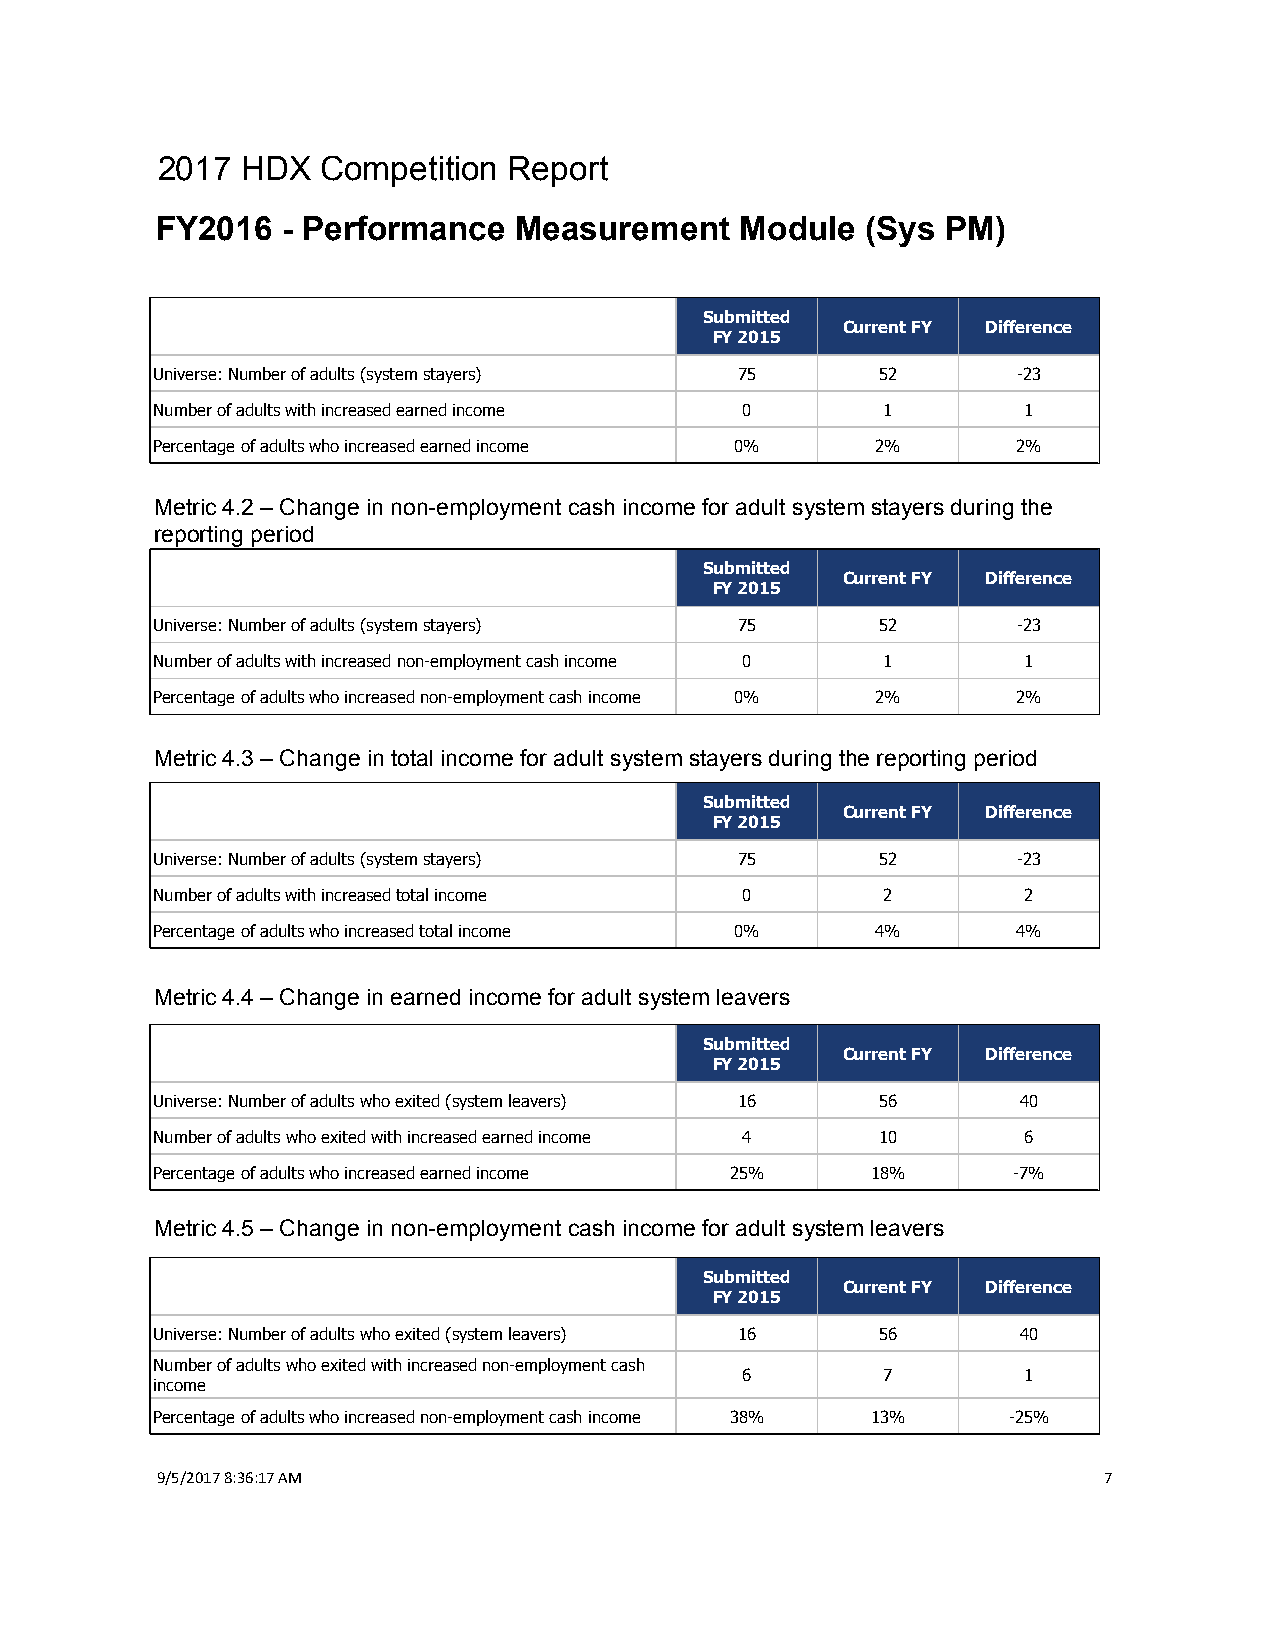
2017  HDX  Competition  Report
 FY2016   - Performance  Measurement    Module  (Sys  PM)
 Submitted
 Current FY Difference
 FY 2015
 Universe: Number of adults (system stayers) 75  52       -23
 Number of adults with increased earned income 0 1         1
 Percentage of adults who increased earned income 0% 2%   2%
 Metric 4.2 – Change in non-employment cash income for adult system stayers during the
 reporting period
 Submitted
 Current FY Difference
 FY 2015
 Universe: Number of adults (system stayers) 75  52       -23
 Number of adults with increased non-employment cash income 0 1 1
 Percentage of adults who increased non-employment cash income 0% 2% 2%
 Metric 4.3 – Change in total income for adult system stayers during the reporting period
 Submitted
 Current FY Difference
 FY 2015
 Universe: Number of adults (system stayers) 75  52       -23
 Number of adults with increased total income 0  2         2
 Percentage of adults who increased total income 0% 4%    4%
 Metric 4.4 – Change in earned income for adult system leavers
 Submitted
 Current FY Difference
 FY 2015
 Universe: Number of adults who exited (system leavers) 16 56 40
 Number of adults who exited with increased earned income 4 10 6
 Percentage of adults who increased earned income 25% 18% -7%
 Metric 4.5 – Change in non-employment cash income for adult system leavers
 Submitted
 Current FY Difference
 FY 2015
 Universe: Number of adults who exited (system leavers) 16 56 40
 Number of adults who exited with increased non-employment cash
 6        7         1
 income
 Percentage of adults who increased non-employment cash income 38% 13% -25%
 9/5/2017 8:36:17 AM                                            7